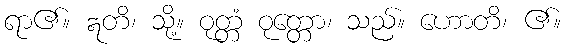
ရာ၏။ ဣတိ၊ သို့။ ဝုတ္တံ ဝုတ္တော၊ သည်။ ဟောတိ၊ ၏။